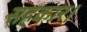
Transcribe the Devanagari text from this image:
सहकार।